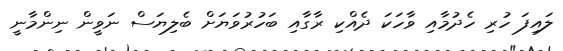
ލައިފަ ހުރި ހެދުމާއި ވާހަކަ ދެއްކި ރާގާއި ބަހުރުވަޔަށް ބެލިޔަސް ނަވީން ނިންމާނީ